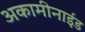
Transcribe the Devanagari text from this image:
अकामीनाईड